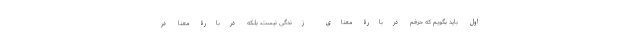
اول باید بگویم که حرفم دربارۀ معنای زندگی نیست، بلکه دربارۀ معنا در